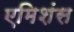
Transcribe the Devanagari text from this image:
एमिशंस